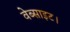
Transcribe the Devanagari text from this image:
वेब्साइट।